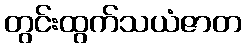
တွင်းထွက်သယံဇာတ